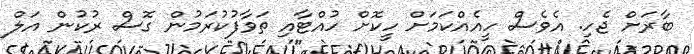
ބާރަށް ޖެހި. އެވެސް ހީއެއްކަމަށް ހީކޮށް ހުއްޓާއި ތަވާފުކުރަމުން ގޮސް ރުކުން އަލް